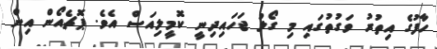
ހާފުގެ އިތުރު ވަގުތުގައި މި ގޯލު ޖަހައިދިނީ ކޮމީލިއަސް އެވެ. ޕޮޗެއޯން އިން